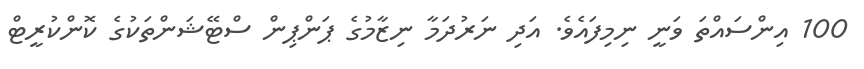
100 އިންސައްތަ ވަނީ ނިމިފައެވެ. އަދި ނަރުދަމާ ނިޒާމުގެ ޕަންޕިން ސްޓޭޝަންތަކުގެ ކޮންކުރީޓް